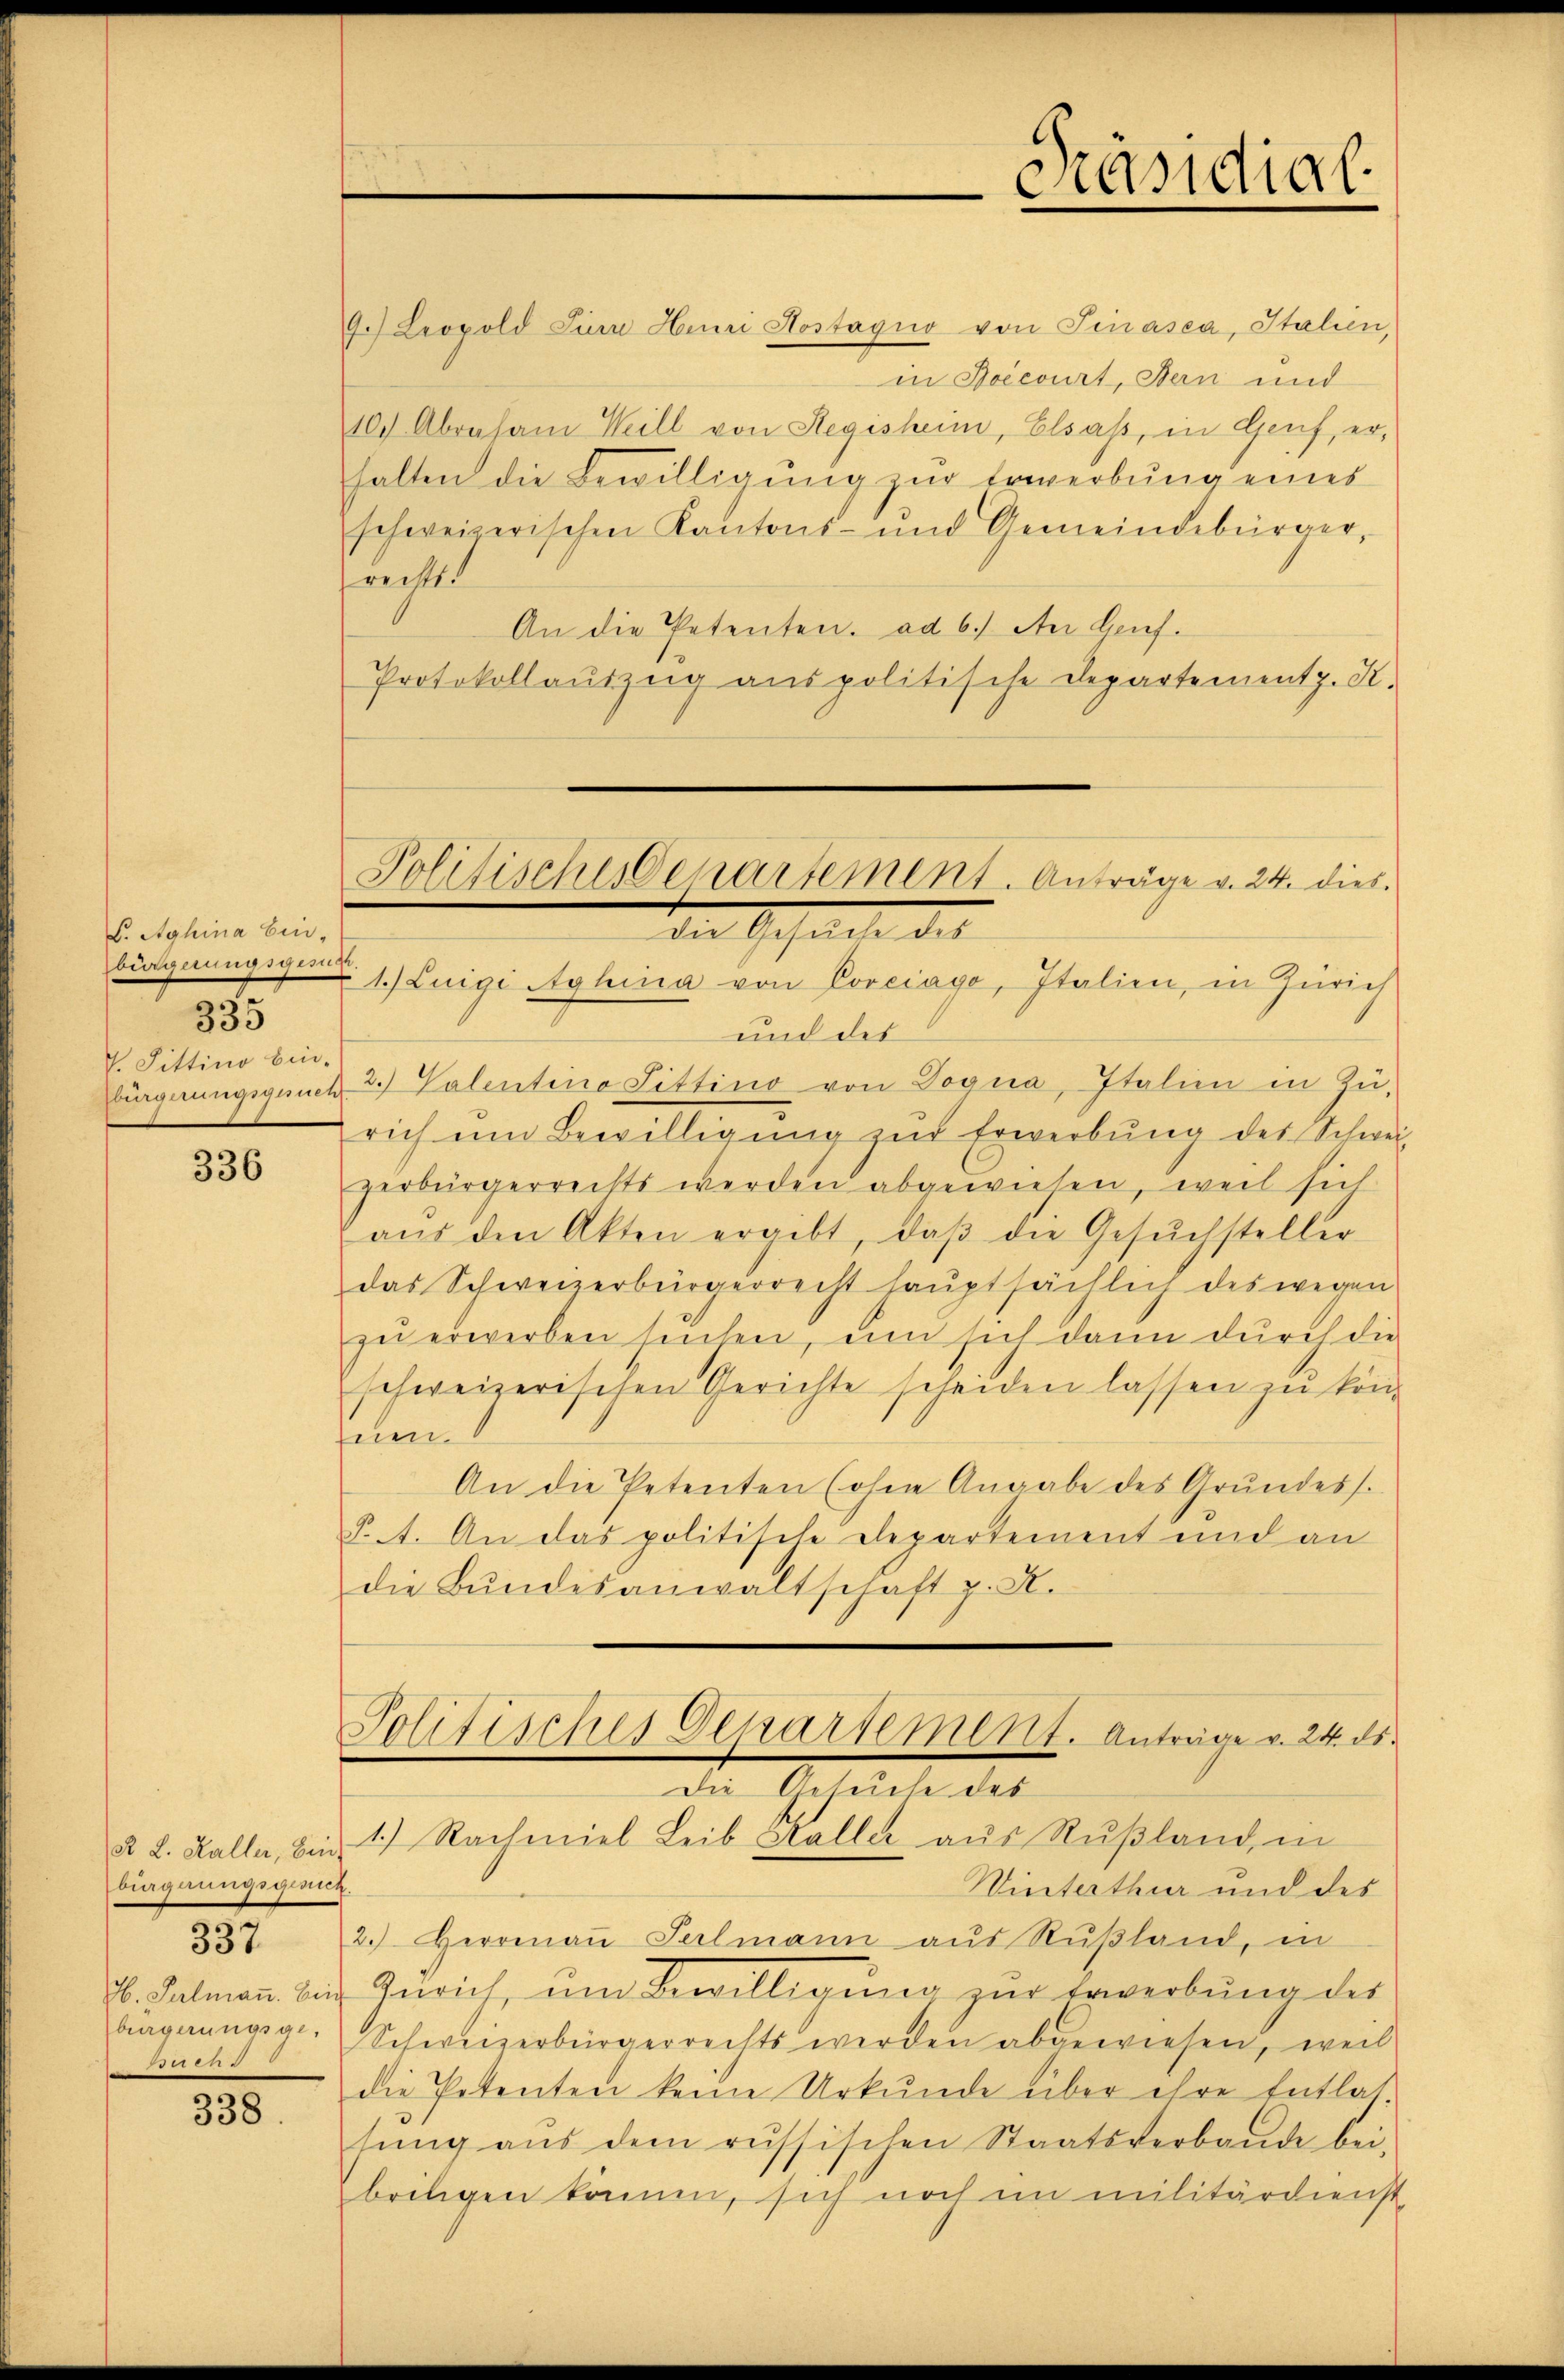
S. Aghina Ein-
biagnungsgen.

35

V. Fittino bin.
bürgerungsgune

336

biagnungsgerück.
H. Salmann. Ein
bürgerungsge
tacht

337

338.

9.) Leopold Jura Henri Aostagio von Pinasca, Italien,
in Boecourt, Bern und
10.) Abraham Weill von Regisheim, Elsaß, in Genf, er,
halten die Bewilligung zur Erwerbung eines
schweizerischen Kantons- und Gemeindebürger,
reckt.
An die Petenten. ad 6.) An Genf.
Protokollauszug aus politische Departementz. K.
1.) Luigi Aghina von Coveiago, Italien, in Zürich
und des
2.) Valentina Fittino von Vogua, Italien in Zurich ŭm Bewilligŭng zŭr Erwerbŭng des Schwei-
zerbürgerrechts werden abgewiesen, weil sich
aŭs den Akten ergibt, daβ die Gesŭchsteller
das Schweizerbürgerrecht hauptsächlich des wegen
zu erwerben seichen, um sich dann durch die
schweizerischen Gerichte scheiden lassen zu könuen.
An die Petenten (ohne Angabe des Grundess.
§. A. An das politische Departement und an
die Bŭndesanwaltschaft p. N.

Politisches Departement. Anträge v. 24. dies.
der Schalle des

Politisches Departement. Anträge v. 24. ds.
Die Gesuche des

Präsidial-

R. L. Kalla, bin. 1.) Nachmiel Leib Kaller aus Rußland, in
Winterthur und des
2. Herrenaŭ Seelmann aŭs Rŭβland, in
Zürich, um Bewilligung zur Erwerbung des
Schweizerbürgerrechts werden abgewiesen, weil
die Petenten keine Urkunde über ihre Entlas
sŭng aŭs dem russischen Staatsverbande bei-
bringen können, sich noch im militärdienst